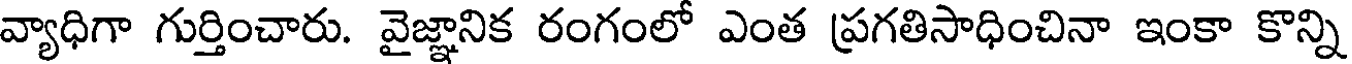
వ్యాధిగా గుర్తించారు. వైజ్ఞానిక రంగంలో ఎంత ప్రగతిసాధించినా ఇంకా కొన్ని